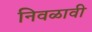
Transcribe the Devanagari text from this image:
निवळावी